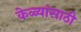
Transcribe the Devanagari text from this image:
केळ्यांसाठी